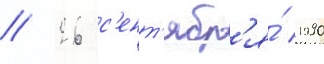
// 26 с'ент'ябр'я́ 1990